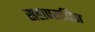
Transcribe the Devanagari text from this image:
सहापराधिता